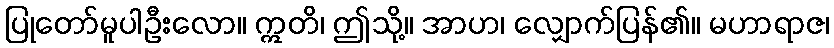
ပြုတော်မူပါဦးလော။ ဣတိ၊ ဤသို့။ အာဟ၊ လျှောက်ပြန်၏။ မဟာရာဇ၊